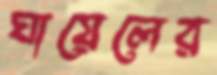
ঘায়েলের